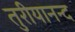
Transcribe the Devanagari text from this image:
तुरीयानन्द